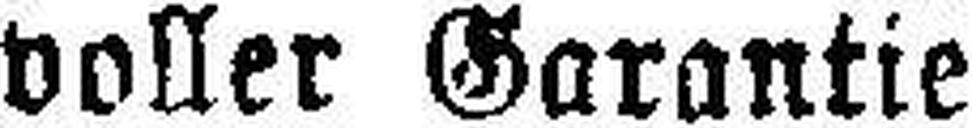
voller Garantie